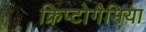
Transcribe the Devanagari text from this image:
क्रिप्टोगैमिया